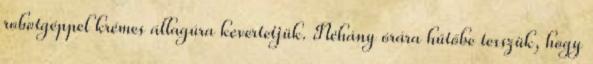
robotgéppel krémes állagúra kevertetjük. Néhány órára hűtőbe tesszük, hogy